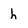
Character: h